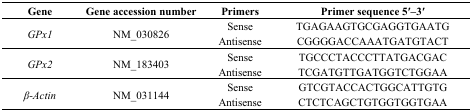
<table><thead><tr><td><b>Gene</b></td><td><b>Gene accession number</b></td><td><b>Primers</b></td><td><b>Primer sequence 5′–3′</b></td></tr></thead><tbody><tr><td rowspan="2"><i>GPx1</i></td><td rowspan="2">NM_030826</td><td>Sense</td><td>TGAGAAGTGCGAGGTGAATG</td></tr><tr><td>Antisense</td><td>CGGGGACCAAATGATGTACT</td></tr><tr><td rowspan="2"><i>GPx2</i></td><td rowspan="2">NM_183403</td><td>Sense</td><td>TGCCCTACCCTTATGACGAC</td></tr><tr><td>Antisense</td><td>TCGATGTTGATGGTCTGGAA</td></tr><tr><td rowspan="2"><i>β-Actin</i></td><td rowspan="2">NM_031144</td><td>Sense</td><td>GTCGTACCACTGGCATTGTG</td></tr><tr><td>Antisense</td><td>CTCTCAGCTGTGGTGGTGAA</td></tr></tbody></table>